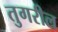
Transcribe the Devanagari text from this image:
तुगरील